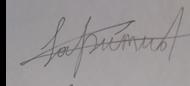
Signature authenticity: forged